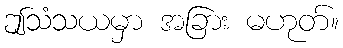
ဤသံသယမှာ အခြား မဟုတ်။